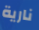
نارية